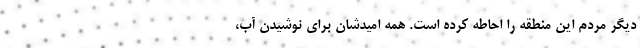
دیگر مردم این منطقه را احاطه کرده است. همه امیدشان برای نوشیدن آب،